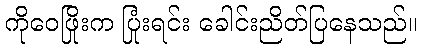
ကိုဝေဖြိုးက ပြုံးရင်း ခေါင်းညိတ်ပြနေသည်။